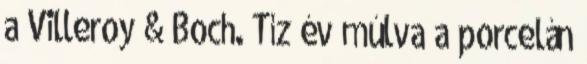
a Villeroy & Boch. Tíz év múlva a porcelán